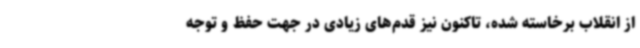
از انقلاب برخاسته شده، تاکنون نیز قدم‌های زیادی در جهت حفظ و توجه